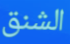
الشنق